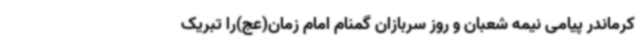
کرماندر پیامی نیمه شعبان و روز سربازان گمنام امام زمان(عج)را تبریک